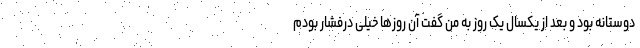
دوستانه بود و بعد از یکسال یک روز به من گفت آن روزها خیلی درفشار بودم